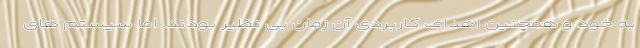
به خود و همچنین اهداف کاربردی آن زمان بی نظیر بودند. اما سیستم های